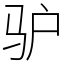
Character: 驴